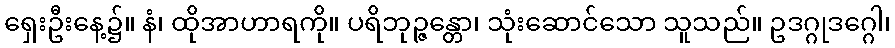
ရှေးဦးနေ့၌။ နံ၊ ထိုအာဟာရကို။ ပရိဘုဉ္ဇန္တော၊ သုံးဆောင်သော သူသည်။ ဥဒဂ္ဂုဒဂ္ဂေါ၊